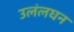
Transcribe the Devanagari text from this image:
उलंलघन